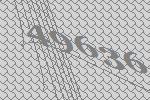
49636